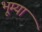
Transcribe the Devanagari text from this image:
भूम्या